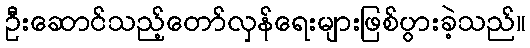
ဦးဆောင်သည့်တော်လှန်ရေးများဖြစ်ပွားခဲ့သည်။